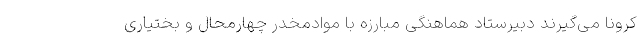
کرونا می‌گیرند دبیرستاد هماهنگی مبارزه با موادمخدر چهارمحال و بختیاری